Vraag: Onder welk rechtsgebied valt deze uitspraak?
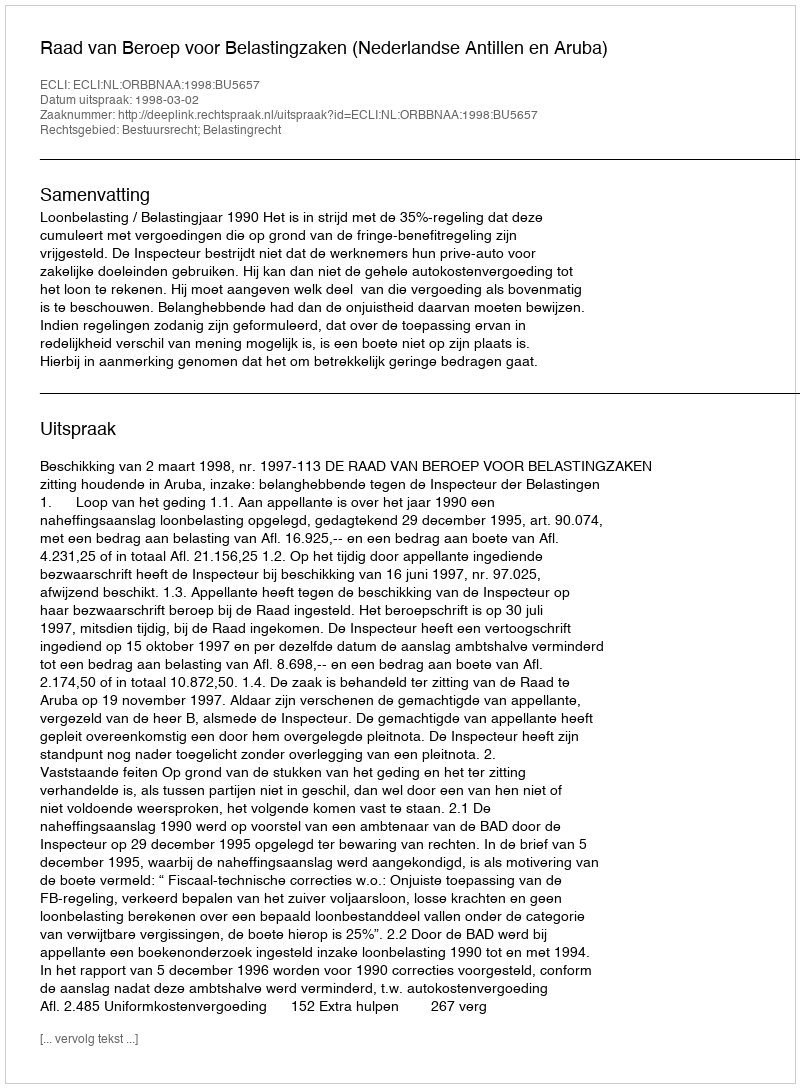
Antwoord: Bestuursrecht; Belastingrecht